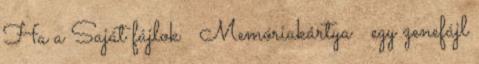
Ha a Saját fájlok → Memóriakártya → egy zenefájl